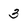
Character: 3